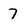
Character: 7